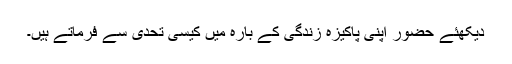
دیکھئے حضور اپنی پاکیزہ زندگی کے بارہ میں کیسی تحدی سے فرماتے ہیں۔